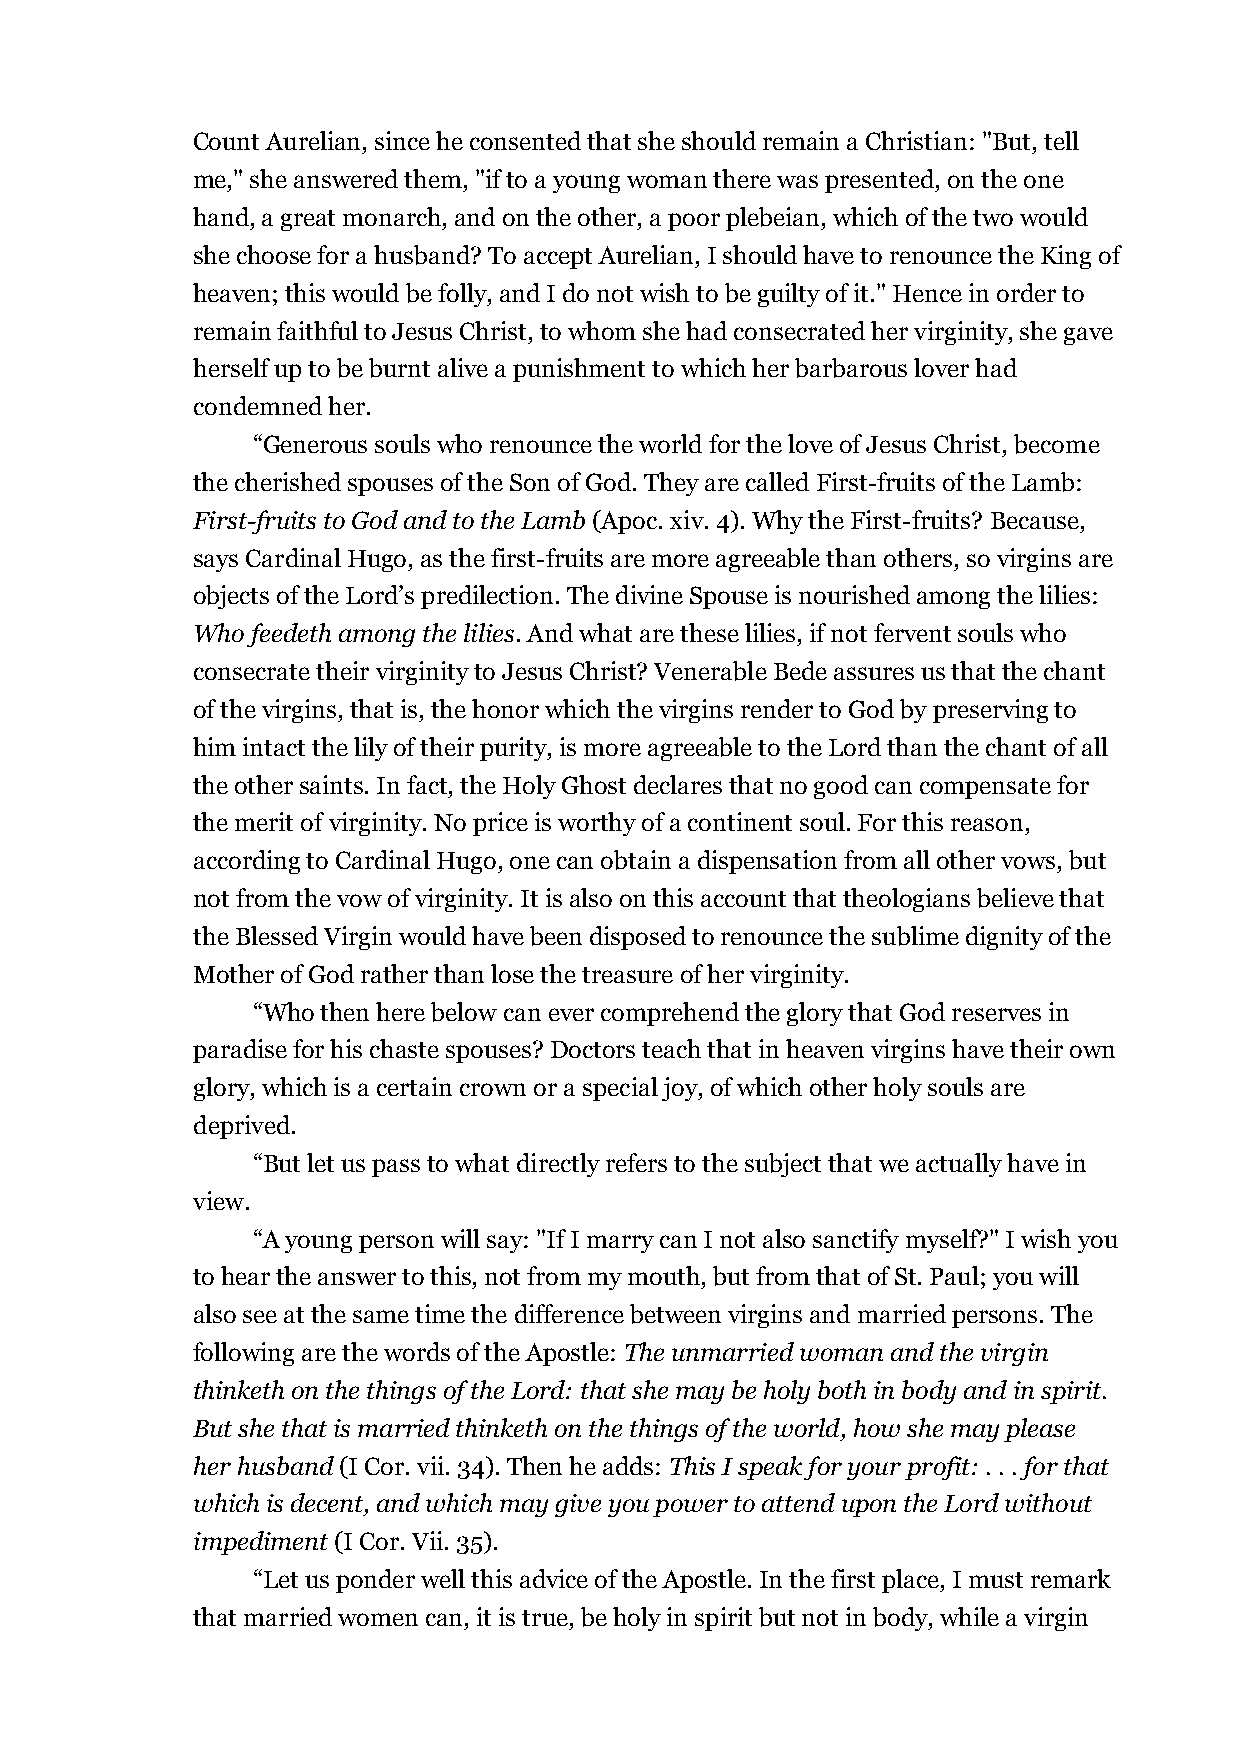
Count Aurelian, since he consented that she should remain a Christian: "But, tell
 me," she answered them, "if to a young woman there was presented, on the one
 hand, a great monarch, and on the other, a poor plebeian, which of the two would
 she choose for a husband? To accept Aurelian, I should have to renounce the King of
 heaven; this would be folly, and I do not wish to be guilty of it." Hence in order to
 remain faithful to Jesus Christ, to whom she had consecrated her virginity, she gave
 herself up to be burnt alive a punishment to which her barbarous lover had
 condemned her.
 “Generous souls who renounce the world for the love of Jesus Christ, become
 the cherished spouses of the Son of God. They are called First-fruits of the Lamb:
 First-fruits to God and to the Lamb (Apoc. xiv. 4). Why the First-fruits? Because,
 says Cardinal Hugo, as the first-fruits are more agreeable than others, so virgins are
 objects of the Lord’s predilection. The divine Spouse is nourished among the lilies:
 Who feedeth among the lilies. And what are these lilies, if not fervent souls who
 consecrate their virginity to Jesus Christ? Venerable Bede assures us that the chant
 of the virgins, that is, the honor which the virgins render to God by preserving to
 him intact the lily of their purity, is more agreeable to the Lord than the chant of all
 the other saints. In fact, the Holy Ghost declares that no good can compensate for
 the merit of virginity. No price is worthy of a continent soul. For this reason,
 according to Cardinal Hugo, one can obtain a dispensation from all other vows, but
 not from the vow of virginity. It is also on this account that theologians believe that
 the Blessed Virgin would have been disposed to renounce the sublime dignity of the
 Mother of God rather than lose the treasure of her virginity.
 “Who then here below can ever comprehend the glory that God reserves in
 paradise for his chaste spouses? Doctors teach that in heaven virgins have their own
 glory, which is a certain crown or a special joy, of which other holy souls are
 deprived.
 “But let us pass to what directly refers to the subject that we actually have in
 view.
 “A young person will say: "If I marry can I not also sanctify myself?" I wish you
 to hear the answer to this, not from my mouth, but from that of St. Paul; you will
 also see at the same time the difference between virgins and married persons. The
 following are the words of the Apostle: The unmarried woman and the virgin
 thinketh on the things of the Lord: that she may be holy both in body and in spirit.
 But she that is married thinketh on the things of the world, how she may please
 her husband (I Cor. vii. 34). Then he adds: This I speak for your profit: . . . for that
 which is decent, and which may give you power to attend upon the Lord without
 impediment (I Cor. Vii. 35).
 “Let us ponder well this advice of the Apostle. In the first place, I must remark
 that married women can, it is true, be holy in spirit but not in body, while a virgin